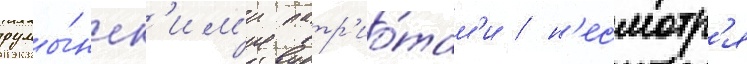
румы́нск'им'и патр'ио́там'и / н'есмотр'я